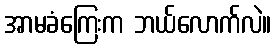
အာမခံကြေးက ဘယ်လောက်လဲ။